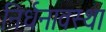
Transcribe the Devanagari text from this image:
निर्धनावस्था